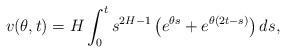
LaTeX: \begin{align*}v(\theta,t)=H\int_0^ts^{2H-1}\left(e^{\theta s}+e^{\theta(2t-s)}\right)ds,\end{align*}